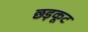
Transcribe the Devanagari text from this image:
छड़कूट